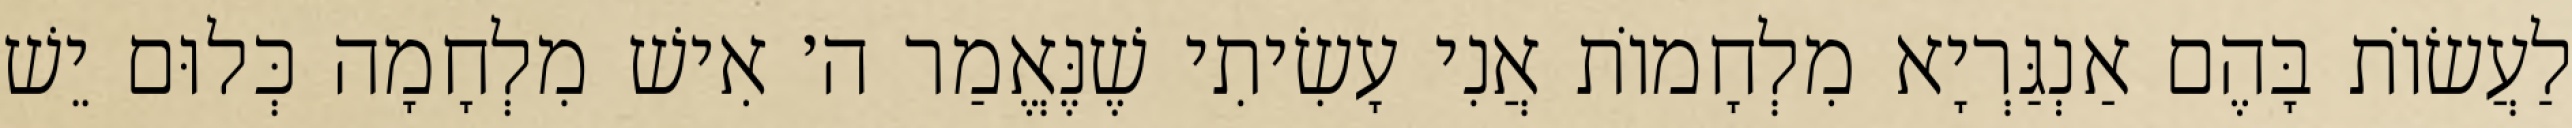
לַעֲשׂוֹת בָּהֶם אַנְגַּרְיָא מִלְחָמוֹת אֲנִי עָשִׂיתִי שֶׁנֶּאֱמַר ה׳ אִישׁ מִלְחָמָה כְּלוּם יֵשׁ